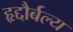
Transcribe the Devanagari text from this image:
हृद्दौर्बल्य